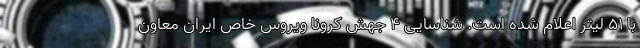
با 51 لیتر اعلام شده است. شناسایی ۴ جهش کرونا ویروس خاص ایران معاون